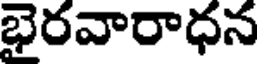
భైరవారాధన